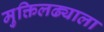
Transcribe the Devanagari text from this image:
मुक्तिलढ्याला